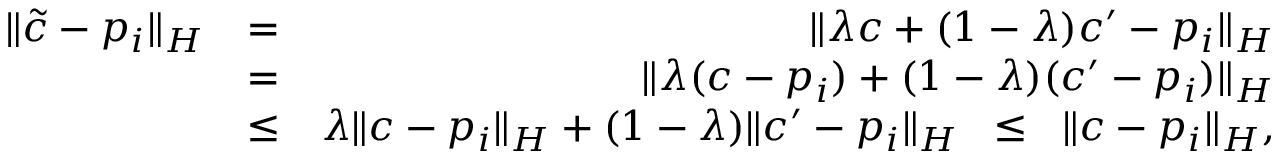
\begin{array} { r l r } { \| \tilde { c } - p _ { i } \| _ { { \cal H } } } & { = } & { \| \lambda c + ( 1 - \lambda ) c ^ { \prime } - p _ { i } \| _ { { \cal H } } } \\ & { = } & { \| \lambda ( c - p _ { i } ) + ( 1 - \lambda ) ( c ^ { \prime } - p _ { i } ) \| _ { { \cal H } } } \\ & { \leq } & { \lambda \| c - p _ { i } \| _ { { \cal H } } + ( 1 - \lambda ) \| c ^ { \prime } - p _ { i } \| _ { { \cal H } } \; \; \leq \; \; \| c - p _ { i } \| _ { { \cal H } } , } \end{array}